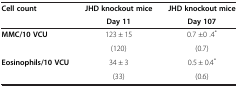
| Cell count | JHD knockout mice | JHD knockout mice |
 |  | Day 11 | Day 107 |
 | --- | --- | --- |
 | <ROWSPAN=2> MMC/10 VCU | 123 ± 15 | 0.7 ±0 .4* |
 | (120) | (0.7) |
 | Eosinophils/10 VCU | 34 ± 3 | 0.5 ± 0.4* |
 |  | (33) | (0.6) |